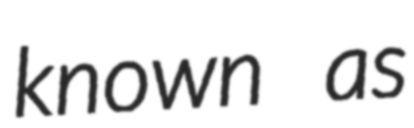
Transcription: known as